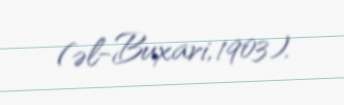
(əl-Buxari, 1903).